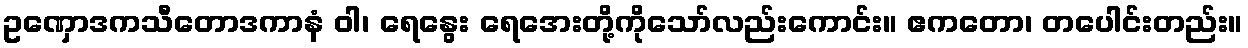
ဥဏှောဒကသီတောဒကာနံ ဝါ၊ ရေနွေး ရေအေးတို့ကိုသော်လည်းကောင်း။ ဧကတော၊ တပေါင်းတည်း။